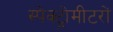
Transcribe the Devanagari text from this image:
स्पेक्ट्रोमीटरों